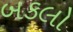
બકલો